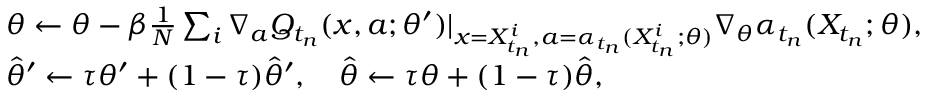
\begin{array} { r l } & { \theta \leftarrow \theta - \beta \frac { 1 } { N } \sum _ { i } \nabla _ { a } Q _ { t _ { n } } ( x , a ; \theta ^ { \prime } ) \vert _ { x = X _ { t _ { n } } ^ { i } , a = \alpha _ { t _ { n } } ( X _ { t _ { n } } ^ { i } ; \theta ) } \nabla _ { \theta } \alpha _ { t _ { n } } ( X _ { t _ { n } } ; \theta ) , } \\ & { \hat { \theta } ^ { \prime } \leftarrow \tau \theta ^ { \prime } + ( 1 - \tau ) \hat { \theta } ^ { \prime } , \quad \hat { \theta } \leftarrow \tau \theta + ( 1 - \tau ) \hat { \theta } , } \end{array}